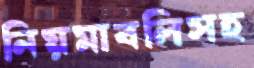
নিয়মাবলিসহ